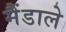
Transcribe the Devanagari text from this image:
मैंडाले